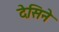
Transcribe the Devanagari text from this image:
देसिने